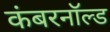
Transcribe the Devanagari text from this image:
कंबरनॉल्ड